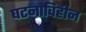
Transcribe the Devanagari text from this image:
घटनाविहीन